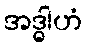
အဒ္ဓါဟံ